Report of the Bombay Veterinary College
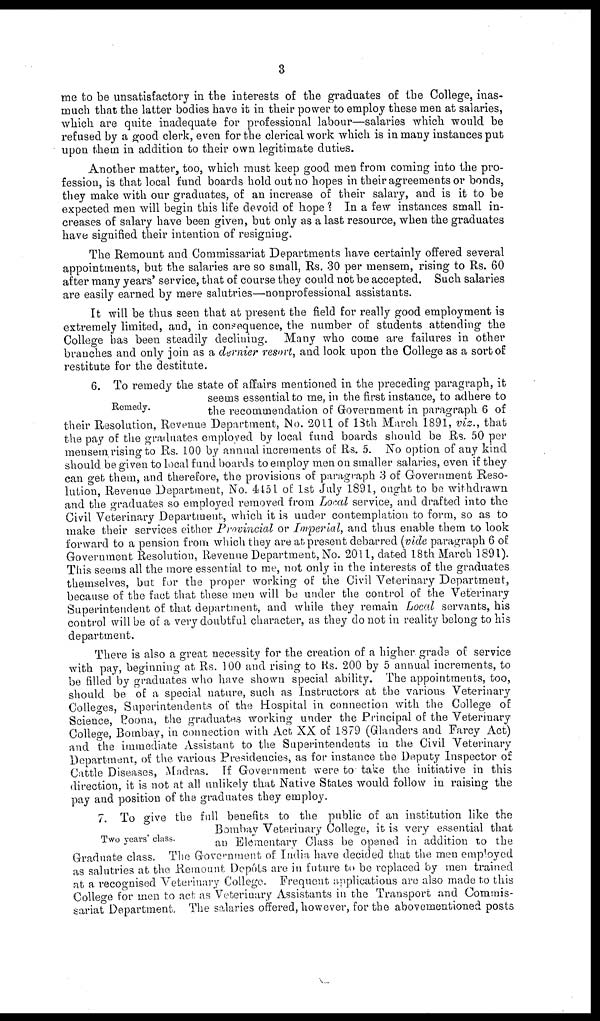
3
me to be unsatisfactory in the interests of the graduates of the College, inas-
much that the latter bodies have it in their power to employ these men at salaries,
which are quite inadequate for professional labour—salaries which would be
refused by a good clerk, even for the clerical work which is in many instances put
upon them in addition to their own legitimate duties.
Another matter, too, which must keep good men from coming into the pro-
fession, is that local fund boards hold out no hopes in their agreements or bonds,
they make with our graduates, of an increase of their salary, and is it to be
expected men will begin this life devoid of hope ? In a few instances small in-
creases of salary have been given, but only as a last resource, when the graduates
have signified their intention of resigning.
The Remount and Commissariat Departments have certainly offered several
appointments, but the salaries are so small, Rs. 30 per mensem, rising to Rs. 60
after many years' service, that of course they could not be accepted. Such salaries
are easily earned by mere salutries—nonprofessional assistants.
It will be thus seen that at present the field for really good employment is
extremely limited, and, in consequence, the number of students attending the
College has been steadily declining. Many who come are failures in other
branches and only join as a dernier resort, and look upon the College as a sort of
restitute for the destitute.
Remedy.
6. To remedy the state of affairs mentioned in the preceding paragraph, it
seems essential to me, in the first instance, to adhere to
the recommendation of Government in paragraph 6 of
their Resolution, Revenue Department, No. 2011 of 18th March 1891, viz., that
the pay of the graduates employed by local fund boards should be Rs. 50 per
mensem rising to Rs. 100 by annual increments of Rs. 5. No option of any kind
should be given to local fund boards to employ men on smaller salaries, even if they
can get them, and therefore, the provisions of paragraph 3 of Government Reso-
lution, Revenue Department, No. 4451 of 1st July 1891, ought to be withdrawn
and the graduates so employed removed from Local service, and drafted into the
Civil Veterinary Department, which it is under contemplation to form, so as to
make their services either Provincial or Imperial, and thus enable them to look
forward to a pension from which they are at present debarred (vide paragraph 6 of
Government Resolution, Revenue Department, No. 2011, dated 18th March 1891).
This seems all the more essential to me, not only in the interests of the graduates
themselves, but for the proper working of the Civil Veterinary Department,
because of the fact that these men will be under the control of the Veterinary
Superintendent of that department, and while they remain Local servants, his
control will be of a very doubtful character, as they do not in reality belong to his
department.
There is also a great necessity for the creation of a higher grade of service
with pay, beginning at Rs. 100 and rising to Rs. 200 by 5 annual increments, to
be filled by graduates who have shown special ability. The appointments, too,
should be of a special nature, such as Instructors at the various Veterinary
Colleges, Superintendents of the Hospital in connection with the College of
Science, Poona, the graduates working under the Principal of the Veterinary
College, Bombay, in connection with Act XX of 1879 (Glanders and Farcy Act)
and the immediate Assistant to the Superintendents in the Civil Veterinary
Department, of the various Presidencies, as for instance the Deputy Inspector of
Cattle Diseases, Madras. If Government were to take the initiative in this
direction, it is not at all unlikely that Native States would follow in raising the
pay and position of the graduates they employ.
Two years' class.
7. To give the full benefits to the public of an institution like the
Bombay Veterinary College, it is very essential that
an Elementary Class be opened in addition to the
Graduate class. The Government of India have decided that the men employed
as salutries at the Remount Depôts are in future to be replaced by men trained
at a recognised Veterinary College. Frequent applications are also made to this
College for men to act as Veterinary Assistants in the Transport and Commis-
sariat Department. The salaries offered, however, for the abovementioned posts